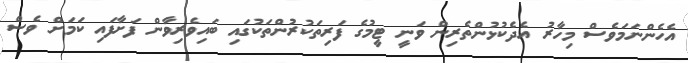
އެހެންނަމަވެސް މިހާރު އެދެކުޅުންތެރިން ވަނީ ޓީމުގެ ފަރިތަކުރުންތަކުގައި ބައިވެރިވާން ފަށާފައި ކަމަށް ވެސް